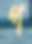
প